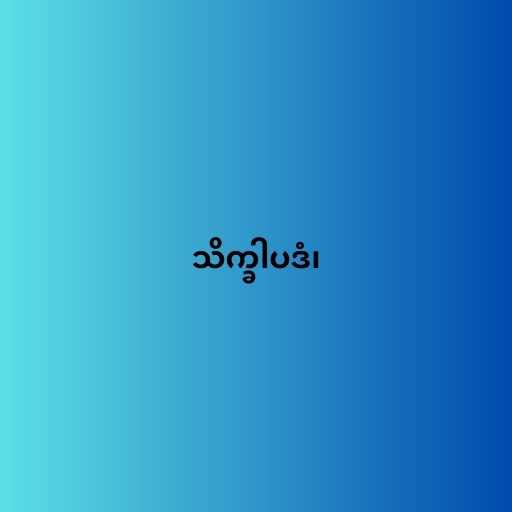
သိက္ခါပဒံ၊